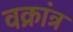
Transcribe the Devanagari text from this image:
वक्रांत्र